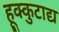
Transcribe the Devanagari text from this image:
हूक्कुटाद्य